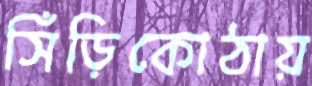
সিঁড়িকোঠায়